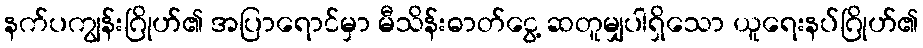
နက်ပကျွန်းဂြိုဟ်၏ အပြာရောင်မှာ မီသိန်းဓာတ်ငွေ့ ဆတူမျှပါရှိသော ယူရေးနပ်ဂြိုဟ်၏